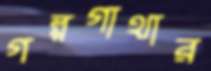
গল্পগাথার